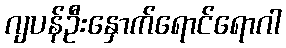
ဂျပန်ဦးနှောက်ရောင်ရောဂါ